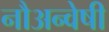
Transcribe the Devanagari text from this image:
नौअन्वेषी